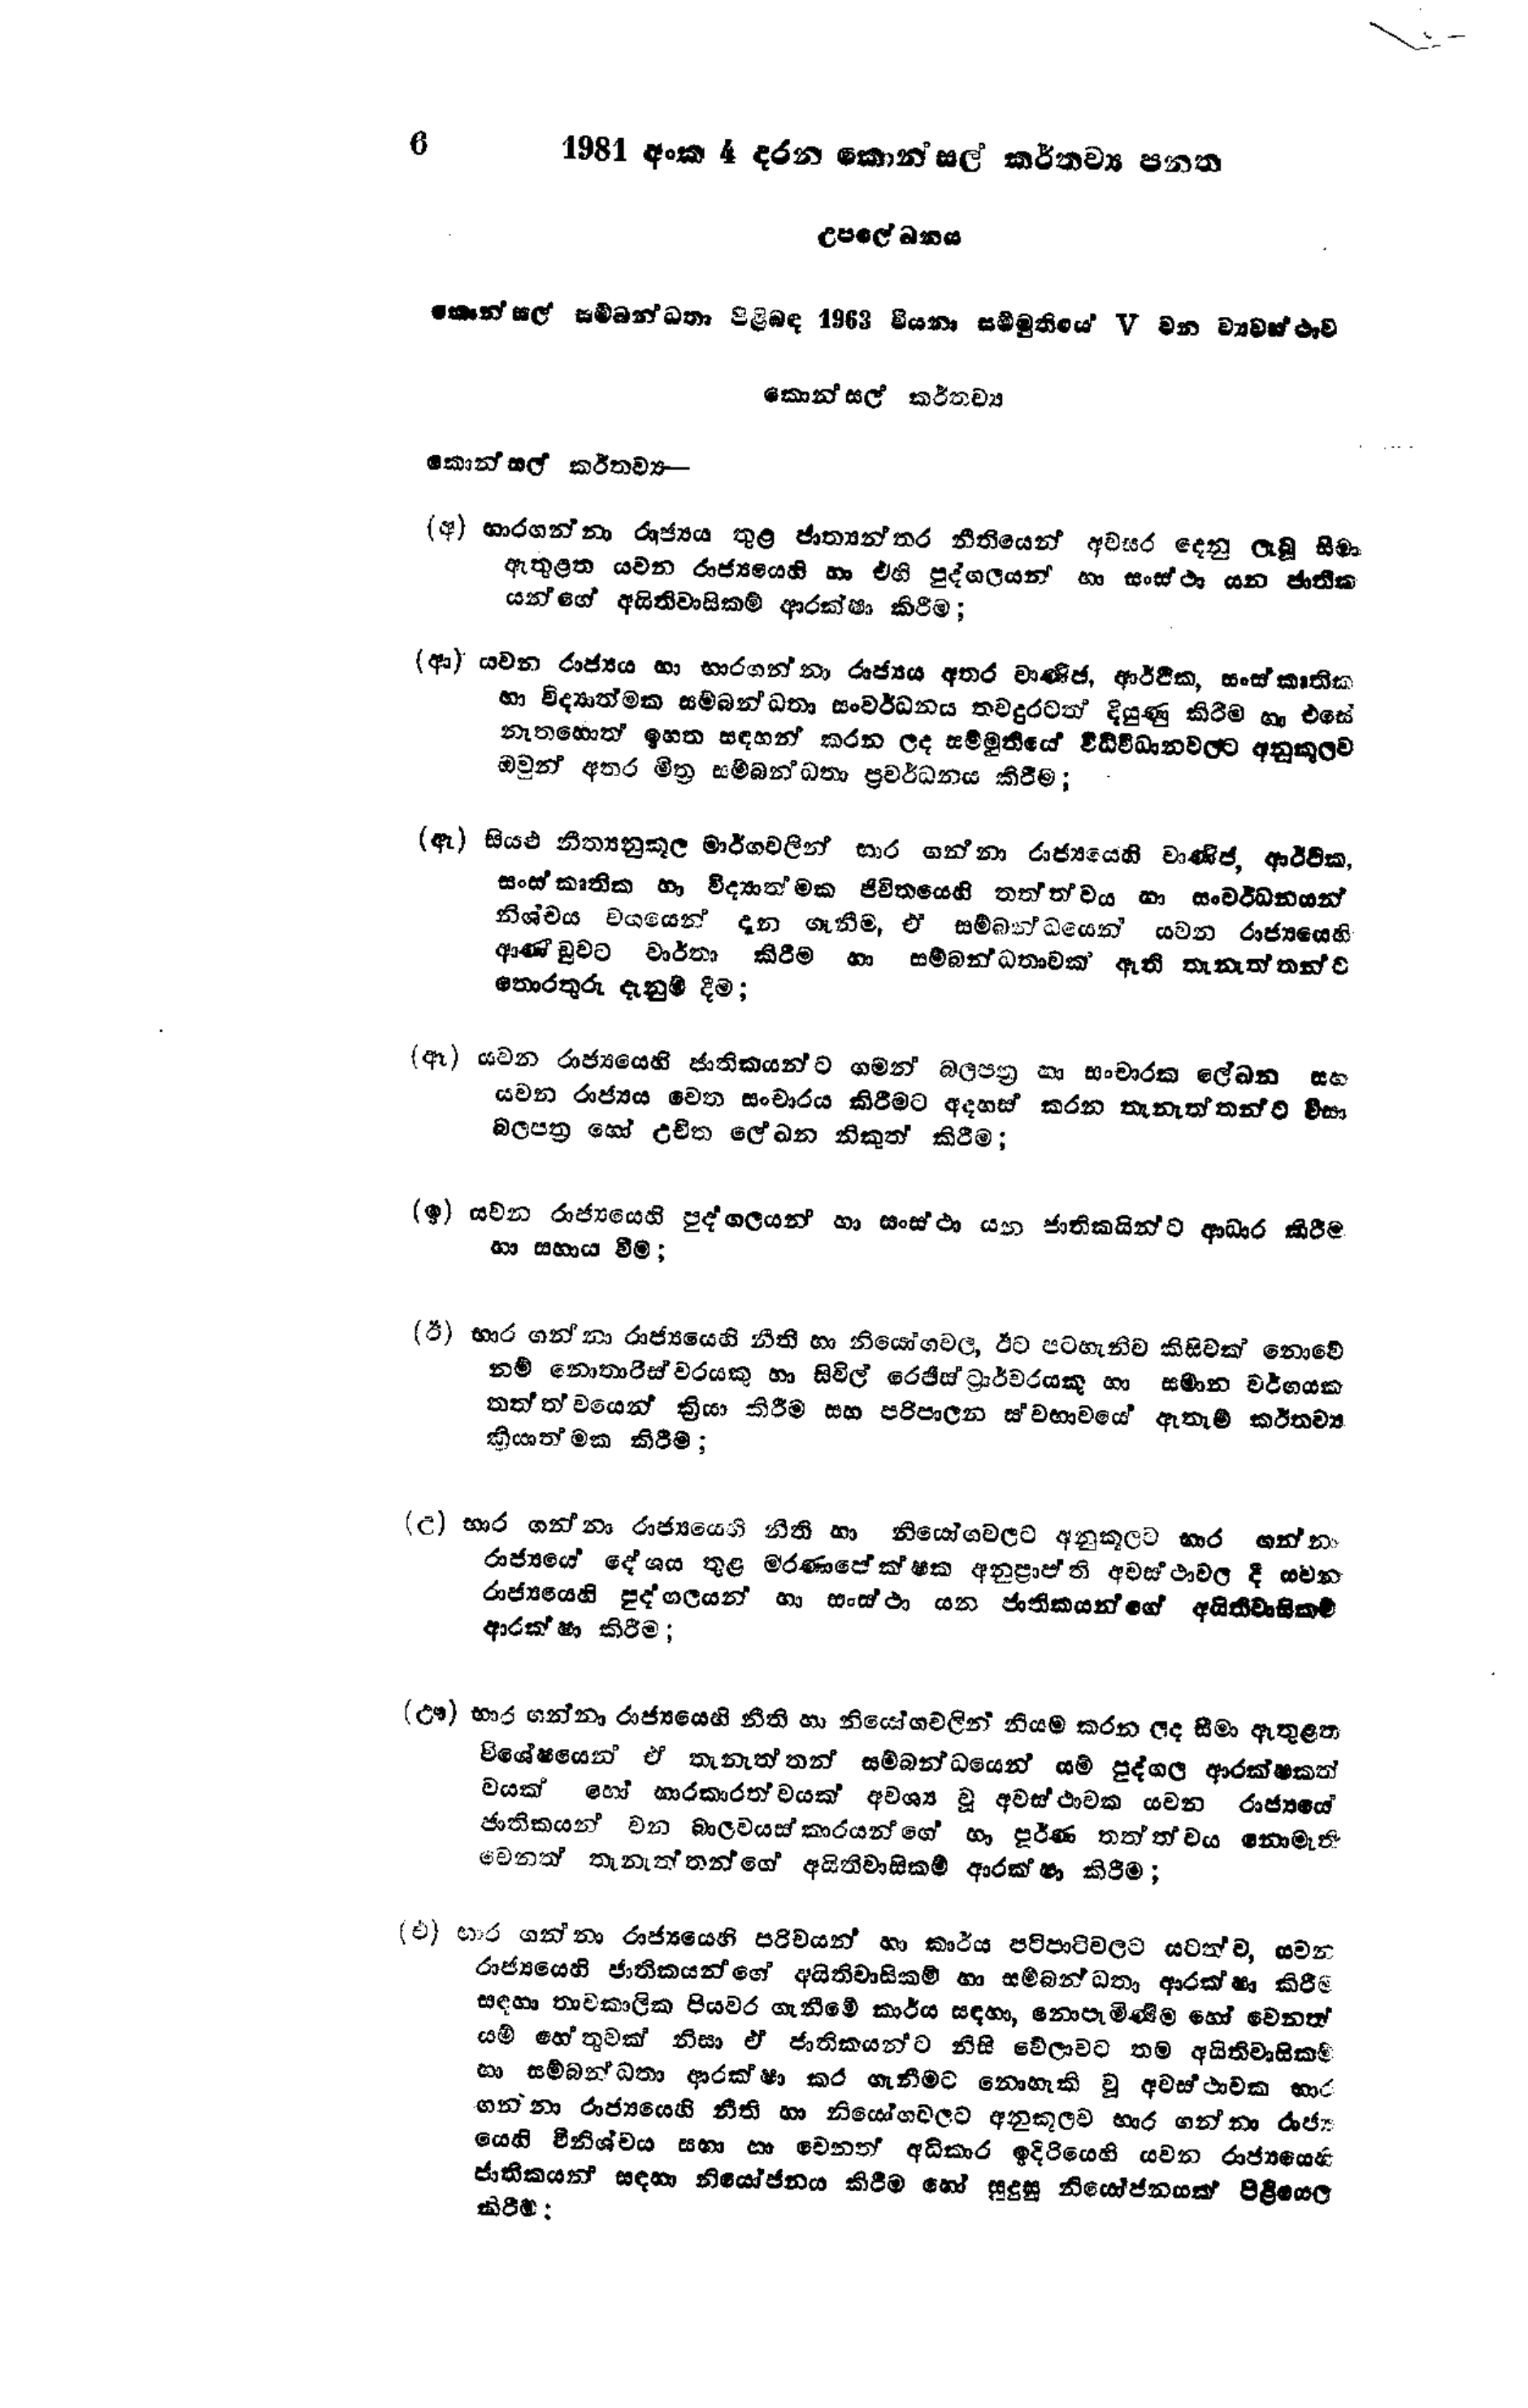
6 	1981 අංක 4 දරන කොන්සල් කර්තව්‍ය පනත

			උපලේ‍ඛනය

කොන්සල් සම්බන්ධතා පිළිබඳ 1963 වියනා සම්මුතියේ 7 වන ව්‍යවස්ථාව

කොන්සල් කර්තව්‍ය

කොන්සල් කර්තව්‍ය-

(අ) භාරගන්නා රාජ්‍යය තුළ ජාත්‍යන්තර නීතියෙන් අවසර දෙනු ලැබූ සීමා
ඇතුළත යවන රාජ්‍යයෙහි හා එහි පුද්ගලයන් හා සංස්ථා යන ජාතික
යන්ගේ අයිතිවාසිකම් ආරක්ෂා කිරීම;

(ආ) යවන රාජ්‍යය හා භාරගන්නා රාජ්‍යය අතර වාණිජ, ආර්ථික, සංස්කෘතික
හා විද්‍යාත්මක සම්බන්ධතා සංවර්ධනය තවදුරටත් දියුණු කිරීම හා එසේ
නැතහොත් ඉහත සඳහන් කරන ලද සම්මුතියේ විධිවිධානවලට අනුකූලව
ඔවුන් අතර මිත්‍ර සම්බන්ධතා ප්‍රවර්ධනය කිරීම;

(ඇ) සියළු නීත්‍යනුකූල මාර්ගවලින් භාර ගන්නා රාජ්‍යයෙහි වාණිජ, ආර්ථික,
සංස්කෘතික හා විද්‍යාත්මක ජීවිතයෙහි තත්ත්වය හා සංවර්ධනයෙන්
නිශ්චය වශයෙන් දැන ගැනීම, ඒ සම්බන්ධයෙන් යවන රාජ්‍යයෙහි
ආණ්ඩුවට වාර්තා කිරීම් සම්බන්ධතාවක් ඇති තැනැත්තන්ට
තොරතුරු දැනුම් දීම;

(ඈ) යවන රාජ්‍යයෙහි ජාතිකයන්ට ගමන් බලපත්‍ර හා සංචාරක ලේඛන සහ
යවන රාජ්‍යය වෙත සංචාරය කිරීමට අදහස් කරන තැනැත්තන්ට වීසා
බලපත්‍ර හෝ උචිත ලේඛන නිකුත් කිරීම;

(ඉ) යවන රාජ්‍යයෙහි පුද්ගලයන් හා සංස්ථා යන ජාතිකයින්ට ආධාර කිරීම.
හා සහාය වීම;

(ඊ) භාර ගන්නා රාජ්‍යයෙහි නීති හා නියෝගවල, ඊට පටහැනිව කිසිවක් නොවේ
නම් නොතාරිස්වරයකු හා සිවිල් රෙජිස්ට්‍රාර්වරයකු හා සමාන වර්ගයක
තත්ත්වයෙන් ක්‍රියා කිරීම සහ පරිපාලන ස්වභාවයේ ඇතැම් කර්තව්‍ය
ක්‍රියාත්මක කිරීම;

(උ) භාර ගන්නා රාජ්‍යයෙහි නීති හා නියෝගවලට අනුකූලව භාර ගන්නා
රාජ්‍යයේ දේශය තුළ මරණපේක්ෂක අනුප්‍රාප්ති අවස්ථාවල දී යවන
රාජ්‍යයෙහි පුද්ගලයන් හා සංස්ථා යන ජාතිකයන්ගේ අයිතිවාසිකම්
ආරක්ෂා කිරීම;

(ඌ) භාර ගන්නා රාජ්‍යයෙහි නීති හා නියෝගවලින් නියම කරන ලද සීමා ඇතුළත
විශේෂයෙන් ඒ තැනැත්තන් සම්බන්ධයෙන් යම් පුද්ගල ආරක්ෂකත්
වයක් හෝ භාරකාරත්වයක් අවශ්‍ය වූ අවස්ථාවක යවන රාජ්‍යයේ
ජාතිකයන් වන බාලවයස්කාරයන්ගේ හා පූර්ණ තත්ත්වය නොමැති
වෙනත් තැනැත්තන්ගේ අයිතිවාසිකම් ආරක්ෂා කිරීම;

(එ) භාර ගන්නා රාජ්‍යයෙහි පරිචයන් හා කාර්ය පටිපාටි වලට යටත් ව, යවන
රාජ්‍යයෙහි ජාතිකයන්ගේ අයිතිවාසිකම් හා සම්බන්ධතා ආරක්ෂා කිරීම
සඳහා තාවකාලික පියවර ගැනීමේ කාර්ය සඳහා, නොපැමිණීම හෝ වෙනත්
යම් හේතුවක් නිසා ඒ ජාතිකයන්ට නිසි වේලාවට තම අයිතිවාසිකම්
හා සම්බන්ධතා ආරක්ෂා කර ගැනීමට නොහැකි වූ අවස්ථාවක භාර
ගන්නා රාජ්‍යයෙහි නීති හා නියෝගවලට අනුකූලව භාර ගන්නා රාජ්‍ය
යෙහි විනිශ්චය සභා හා වෙනත් අධිකාර ඉදිරියෙහි යවන රාජ්‍යයෙහි
ජාතිකයන් සඳහා නියෝජනය කිරීම හෝ සුදුසු නියෝජනයක් පිළියෙල
කිරීම: